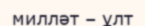
милләт – ұлт